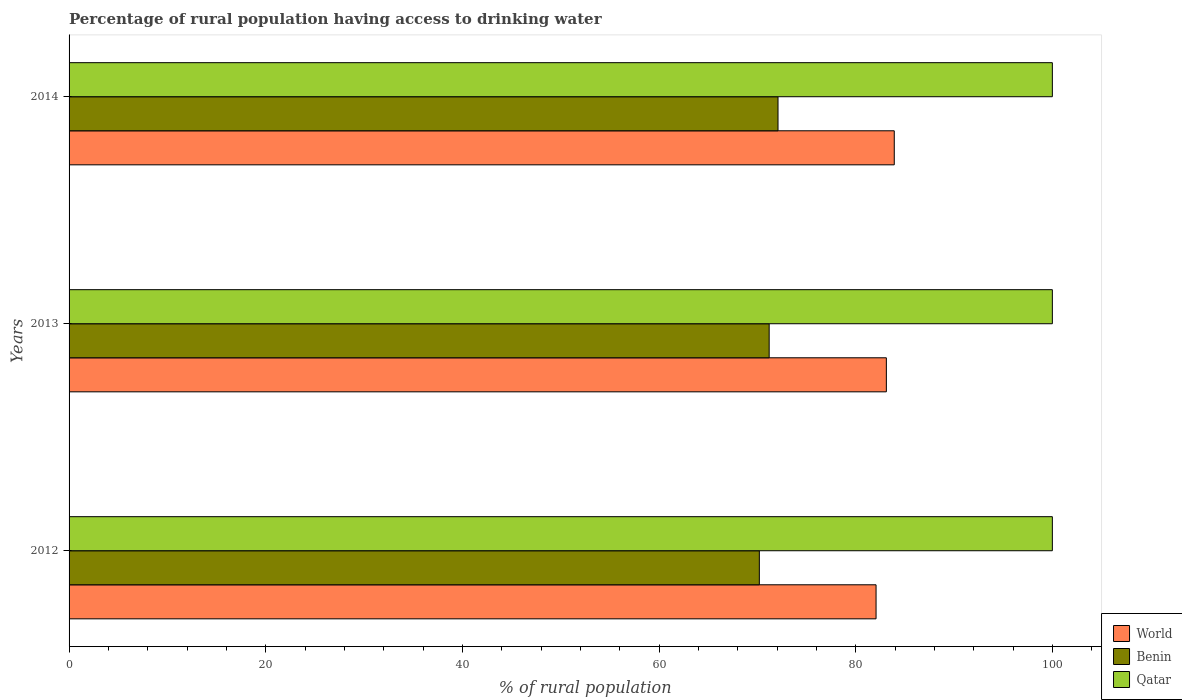
| Years | World | Benin | Qatar |
 | --- | --- | --- | --- |
 | 2012 | 82.1 | 70.2 | 100 |
 | 2013 | 83.1 | 71.2 | 100 |
 | 2014 | 83.9 | 72.1 | 100 |